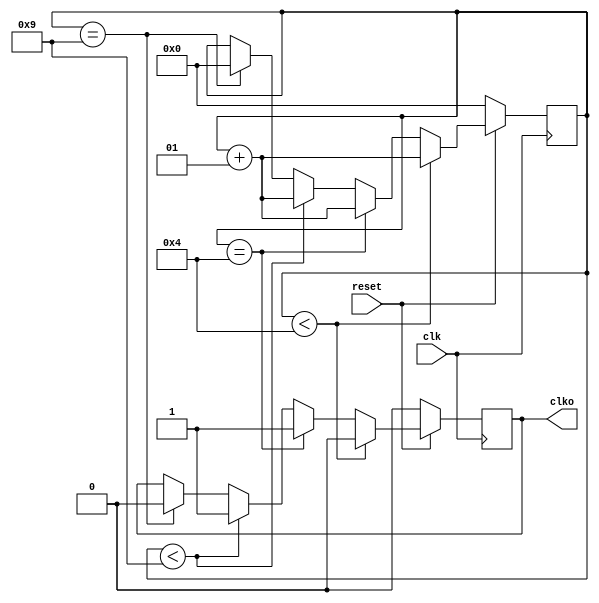
module dclock(clk, reset, clko);
     input clk;
     input reset;
     output clko;
  parameter divider=10; // select the division factor here
 reg clko;
 integer i=0;
 
 always@(posedge clk)
 begin

 if(!reset)
 begin
 clko=0;
 i=0;
 end


 else if(i<((divider/2)-1))
  begin
  clko=0;
  i=i+1;
  end
 
 else if(i==((divider/2)-1))
 
 begin
 clko=1;
 i=i+1;
 end

 else if(i<(divider-1))
  begin
  clko=1;
  i=i+1;
  end
 else if(i==divider-1)
  begin
  clko=0;
  i=0;
  end 
  

 end

 endmodule